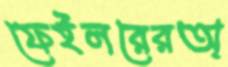
ফেইলরেরঅ্